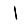
Digit: 1